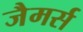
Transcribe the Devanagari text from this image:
जैमर्स